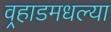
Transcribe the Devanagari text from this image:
वर्‍हाडमधल्या